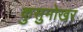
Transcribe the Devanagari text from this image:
कुसुमोखर